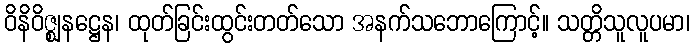
ဝိနိဝိဇ္ဈနဋ္ဌေန၊ ထုတ်ခြင်းထွင်းတတ်သော အနက်သဘောကြောင့်။ သတ္တိသူလူပမာ၊